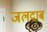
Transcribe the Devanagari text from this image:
जलदाब